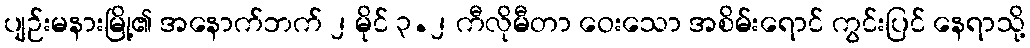
ပျဉ်းမနားမြို့၏ အနောက်ဘက် ၂ မိုင် ၃.၂ ကီလိုမီတာ ဝေးသော အစိမ်းရောင် ကွင်းပြင် နေရာသို့